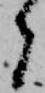
者